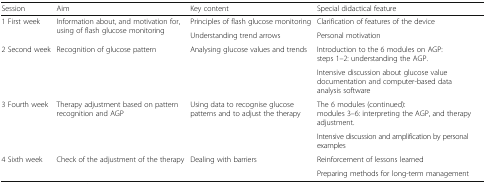
<table><thead><tr><td><b>Session</b></td><td><b>Aim</b></td><td><b>Key content</b></td><td><b>Special didactical feature</b></td></tr></thead><tbody><tr><td rowspan="2">1 First week</td><td rowspan="2">Information about, and motivation for, using of flash glucose monitoring</td><td>Principles of flash glucose monitoring</td><td>Clarification of features of the device</td></tr><tr><td>Understanding trend arrows</td><td>Personal motivation</td></tr><tr><td rowspan="2">2 Second week</td><td rowspan="2">Recognition of glucose pattern</td><td rowspan="2">Analysing glucose values and trends</td><td>Introduction to the 6 modules on AGP:steps 1–2: understanding the AGP.</td></tr><tr><td>Intensive discussion about glucose value documentation and computer-based data analysis software</td></tr><tr><td rowspan="2">3 Fourth week</td><td rowspan="2">Therapy adjustment based on pattern recognition and AGP</td><td rowspan="2">Using data to recognise glucose patterns and to adjust the therapy</td><td>The 6 modules (continued):modules 3–6: interpreting the AGP, and therapy adjustment.</td></tr><tr><td>Intensive discussion and amplification by personal examples</td></tr><tr><td rowspan="2">4 Sixth week</td><td rowspan="2">Check of the adjustment of the therapy</td><td rowspan="2">Dealing with barriers</td><td>Reinforcement of lessons learned</td></tr><tr><td>Preparing methods for long-term management</td></tr></tbody></table>